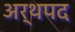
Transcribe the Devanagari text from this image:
अर्थपद